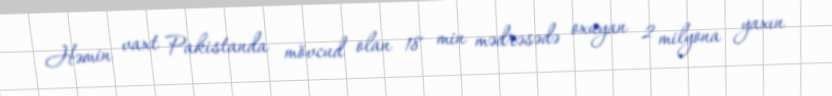
Həmin vaxt Pakistanda mövcud olan 18 min mədrəsədə oxuyan 2 milyona yaxın